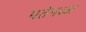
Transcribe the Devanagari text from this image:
मतेमळा